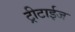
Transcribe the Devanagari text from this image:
ट्रीटाईज